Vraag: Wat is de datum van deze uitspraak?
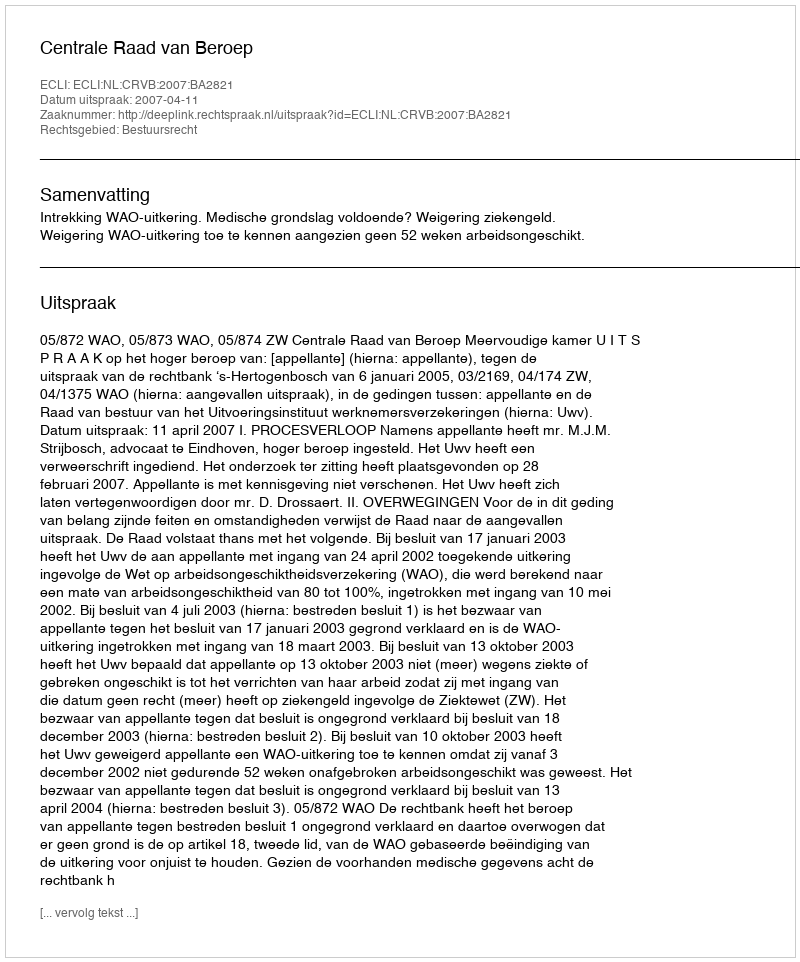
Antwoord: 2007-04-11